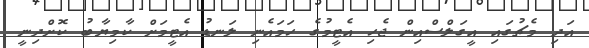
އަދި މެޗުގައި އީގަލްސްއިން ޖެހި އެޓީމުގެ ހަމައެނި ލަނޑު އެޓީމަށް ކާމިޔާބު ކޮށްދިނީ